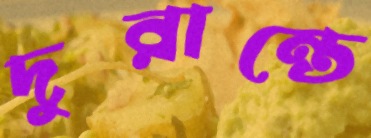
দুরান্তে